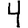
Digit: 4